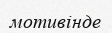
мотивінде